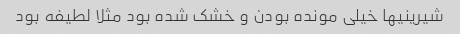
شیرینیها خیلی مونده بودن و خشک شده بود مثلا لطیفه بود